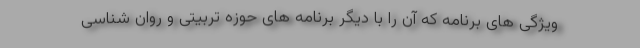
ویژگی های برنامه که آن را با دیگر برنامه های حوزه تربیتی و روان شناسی